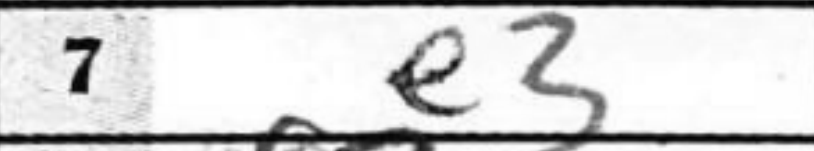
Transcription: e3